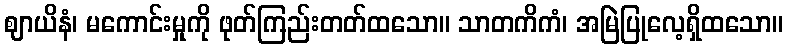
ဈာယိနံ၊ မကောင်းမှုကို ဖုတ်ကြည်းတတ်ထသော။ သာတကိကံ၊ အမြဲပြုလေ့ရှိထသော။